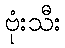
ဗုံးသီး